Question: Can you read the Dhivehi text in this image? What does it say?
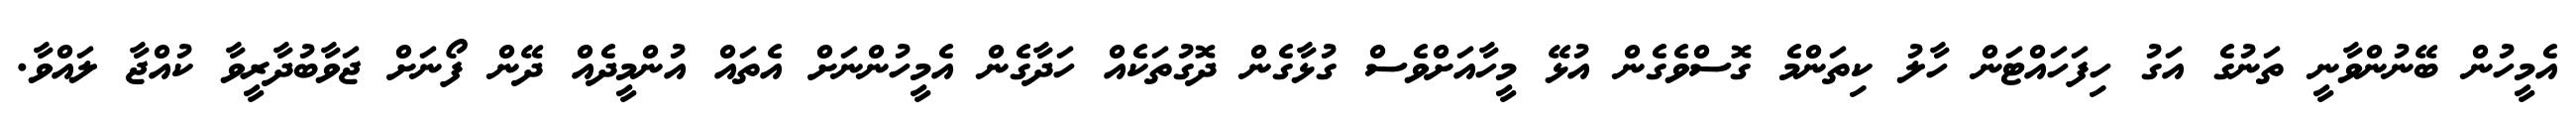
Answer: އެމީހުން ބޭނުންވާނީ ތަނުގެ އަގު ހިފަހައްޓަން ހާލު ކިތަންމެ ގޮސްވެގެން އުޅޭ މީހާއަށްވެސް ގުޅާގެން ދޮގުތަކެއް ހަދާގެން އެމީހުންނަށް އެތައް އުންމީދެއް ދޭން ފޯނަށް ޖަވާބުދާރީވާ ކުއްޖާ ލައްވާ.